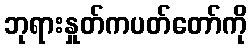
ဘုရားနှုတ်ကပတ်တော်ကို